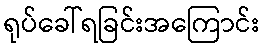
ရုပ်ခေါ်ရခြင်းအကြောင်း